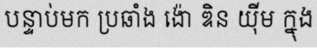
បន្ទាប់មក ប្រឆាំង ង៉ោ ឌិន យ៉ីម ក្នុង